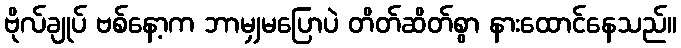
ဗိုလ်ချုပ် ဗစ်နော့က ဘာမျှမပြောပဲ တိတ်ဆိတ်စွာ နားထောင်နေသည်။